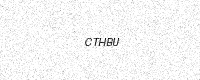
Text: CTHBU